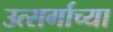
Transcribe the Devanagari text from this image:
उत्सर्गाच्या